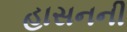
હાસનની